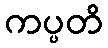
ကပ္ပတိ